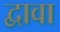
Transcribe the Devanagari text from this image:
द्वावा